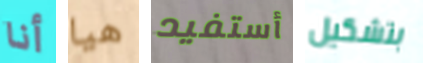
أنا هيا أستفيد بتشكيل